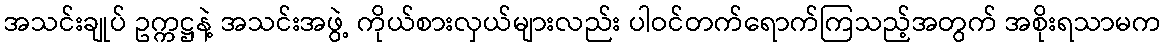
အသင်းချုပ် ဥက္ကဋ္ဌနဲ့ အသင်းအဖွဲ့ ကိုယ်စားလှယ်များလည်း ပါဝင်တက်ရောက်ကြသည့်အတွက် အစိုးရသာမက